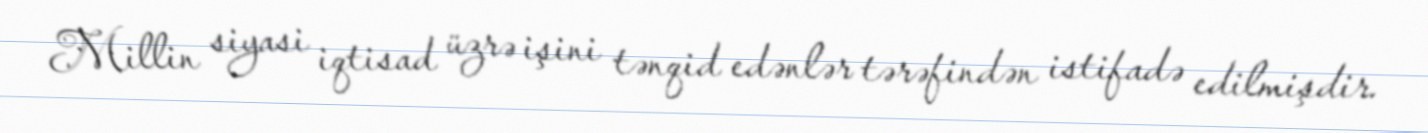
Millin siyasi iqtisad üzrə işini tənqid edənlər tərəfindən istifadə edilmişdir.